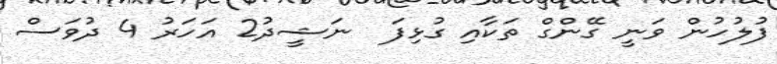
ފުލުހުން ވަނީ ގޭންގް ތަކާއި ގުޅިފަ  ނަޝީދު2 އަހަރު 4 ދުވަސް